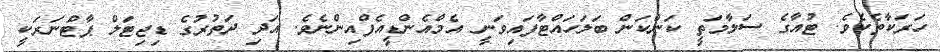
ހަރަކާތެކެވެ. ޓުއާގެ ސަލާމަތީ ކަންކަން ބަލަހައްޓާފައިވަނީ އެމްއެންޑީއެފްއިންނެވެ. އަދި ދަތުރުގެ ޑިޖިޓަލް ޕާޓްނަރަކީ